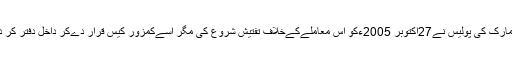
ڈنمارک کی پولیس نے27اکتوبر 2005ءکو اس معاملےکےخلاف تفتیش شروع کی مگر اسےکمزور کیس قرار دےکر داخل دفتر کر دیا۔